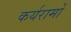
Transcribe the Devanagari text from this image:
कर्यरामों